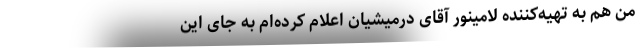
من هم به تهیه‌کننده لامینور آقای درمیشیان اعلام کرده‌ام به جای این